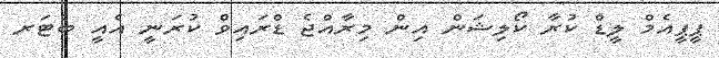
ޕީޕީއެމް ލީޑް ކުރާ ކޯލިޝަން އިން މިރާއްޖެ ޑްރައިވް ކުރަނީ އެއީ ބެޓަރ